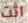
اتت